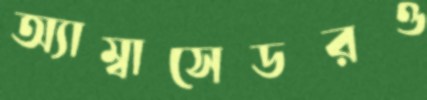
অ্যাম্বাসেডরও